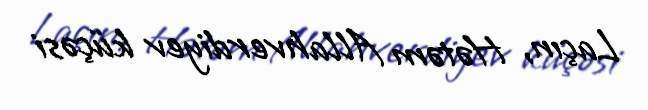
Laçın, Hətəm Allahverdiyev küçəsi